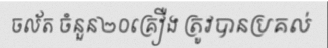
ចល័ត ចំនួន២០គ្រឿង ត្រូវបានប្រគល់